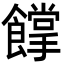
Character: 𩞦